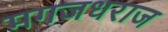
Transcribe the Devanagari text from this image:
मगजधराज